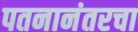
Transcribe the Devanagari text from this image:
पतनानंतरचा